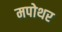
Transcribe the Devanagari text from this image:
मपोथर